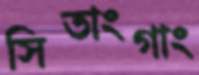
সিতাংগাং